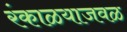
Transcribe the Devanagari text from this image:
रंकाळयाजवळ